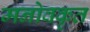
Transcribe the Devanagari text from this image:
मनोवकृत